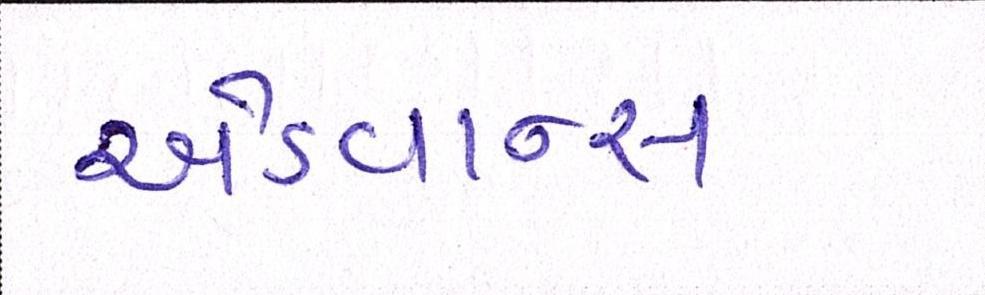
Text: એડવાન્સ